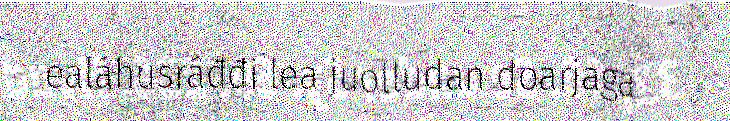
ealáhusráđđi lea juolludan doarjaga